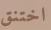
اختنق